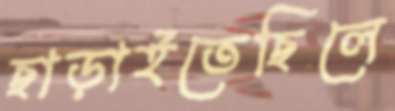
ছাড়াইতেছিলে